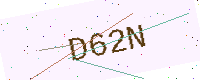
Text: D62N